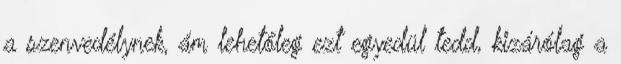
a szenvedélynek, ám lehetőleg ezt egyedül tedd, kizárólag a